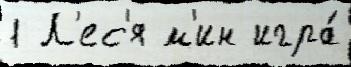
1 Л'ес'я м'ин игра́